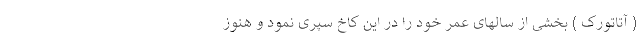
( آتاتورک ) بخشی از سالهای عمر خود را در این کاخ سپری نمود و هنوز